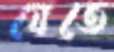
যেতে